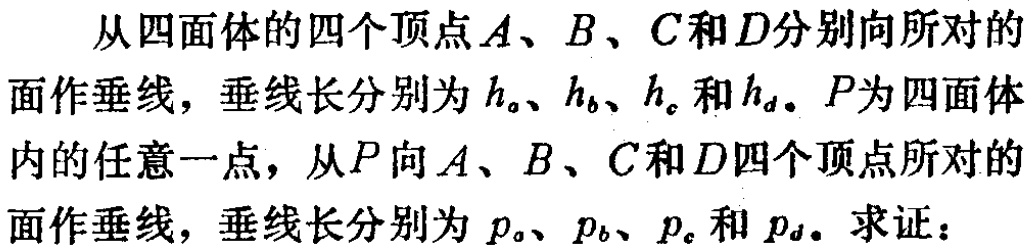
从四面体的四个顶点\(A\)、\(B\)、\(C\)和\(D\)分别向所对的面作垂线，垂线长分别为\(h_{a}\)、\(h_{b}\)、\(h_{c}\)和\(h_{d}\)。\(P\)为四面体内的任意一点，从\(P\)向\(A\)、\(B\)、\(C\)和\(D\)四个顶点所对的面作垂线，垂线长分别为\(p_{a}\)、\(p_{b}\)、\(p_{c}\)和\(p_{d}\)。求证：